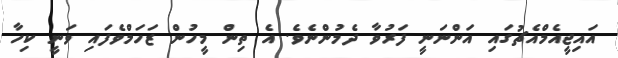
އައިޖީއެމްއެޗުގައި އަންނަނީ ފަރުވާ ދެމުންނެވެ. އެ ތިން މީހުން ޒަހަމްވެފައި ވަނީ ކިހާ